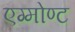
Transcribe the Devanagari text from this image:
एग्मोण्ट